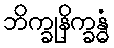
ဘိက္ခုနိက္ခန္ဓံ